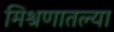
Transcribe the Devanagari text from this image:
मिश्रणातल्या